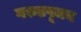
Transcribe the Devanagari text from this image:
गरुडपूजन